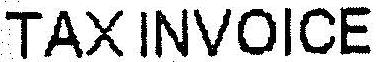
TAXINVOICE